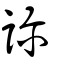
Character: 診